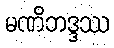
မဏိဘဒ္ဒဿ